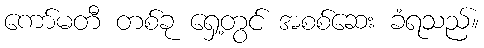
ကော်မတီ တစ်ခု ရှေ့တွင် အစစ်ဆေး ခံရသည်။